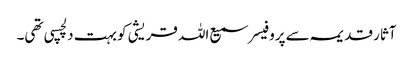
آثار قدیمہ سے پروفیسر سمیع اللہ قریشی کو بہت دلچسپی تھی۔